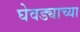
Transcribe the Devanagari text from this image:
घेवड्याच्या